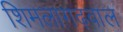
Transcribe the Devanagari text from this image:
शिमलागढ़वाल